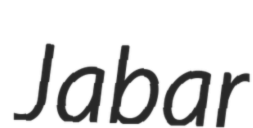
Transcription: Jabar